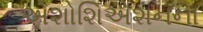
એશોશિએશનના